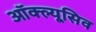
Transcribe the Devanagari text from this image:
ऑक्ल्यूसिव